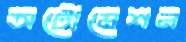
অটোমেশন